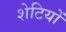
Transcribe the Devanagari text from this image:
शेटियों